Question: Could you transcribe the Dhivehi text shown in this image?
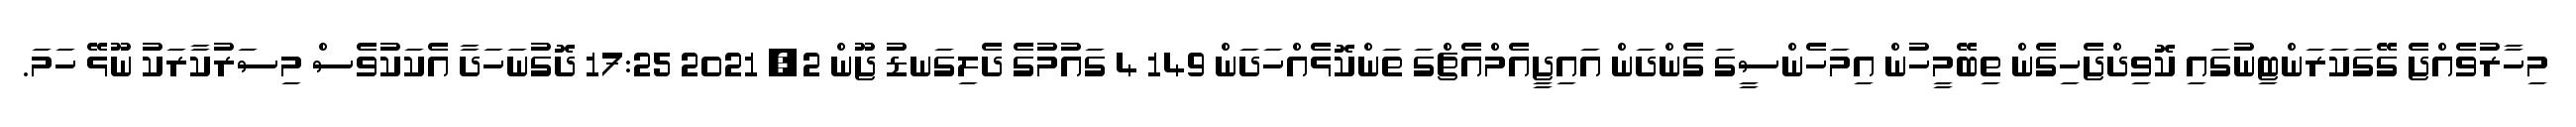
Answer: މިހާރުވެއްޖެ ގޭގަކަރަންޓިނުގައި ކޮވިދްޖެހިގެން ތިބޭމީހުން އިމަހެންސީގަ ގެންދަން އައިޖީއެމްއެޗްގަ ތަންކޮޅެއްހަދަން 149 4 ގައުމުގެ ދެލިގަނޑު ޖޫން 2, 2021 17:25 ދޮގުނަހަދާ އެކަކުވެސް މިސަރުކާރަކު ނޫޅޭ ހަމަ.